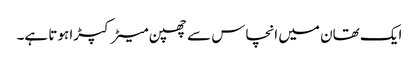
ایک تھان میں انچاس سے چھپن میٹر کپڑا ہوتا ہے۔